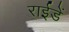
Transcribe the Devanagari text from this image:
राईडें